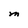
Character: M